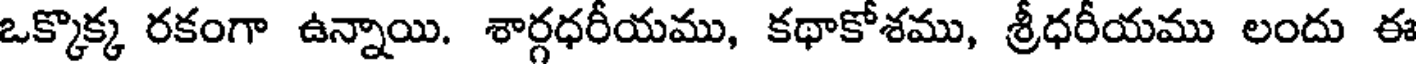
ఒక్కొక్క రకంగా ఉన్నాయి. శార్గధరీయము, కథాకోశము, శ్రీధరీయము లందు ఈ